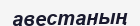
авестаның